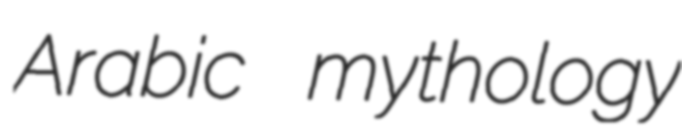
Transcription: Arabic mythology